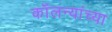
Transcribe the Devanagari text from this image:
कॉलन्यांच्या